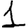
Digit: 1